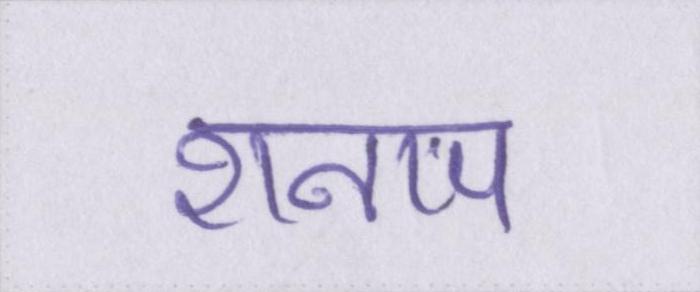
शनाप